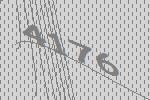
4176